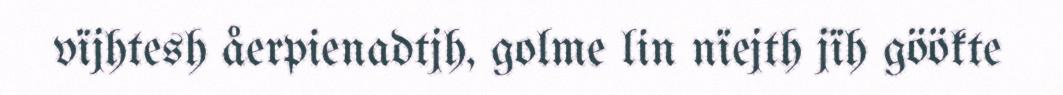
vïjhtesh åerpienadtjh, golme lin nïejth jïh göökte